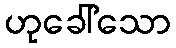
ဟုခေါ်သော